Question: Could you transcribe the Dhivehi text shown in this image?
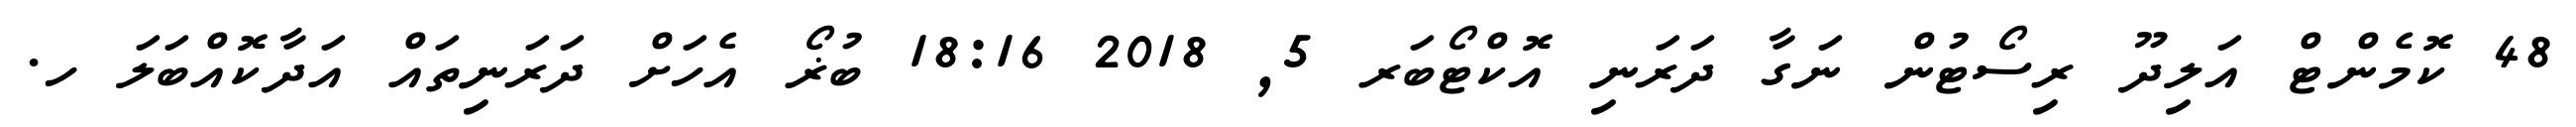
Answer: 48 ކޮމެންޓް އަލިދޫ ރިސޯޓުން ނަގާ ދަރަނި އޮކްޓޯބަރ 5, 2018 18:16 ބުޜޯ އެހަށް ދަރަނިތައް އަދާކޮއްބަލަ ހ.